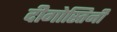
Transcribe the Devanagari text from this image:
दीगोस्तिनी